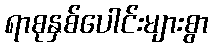
ရာစုနှစ်ပေါင်းများစွာ